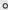
。